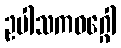
ဥပါသကဝဂ္ဂေါ